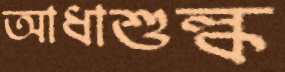
আধাশুল্ক